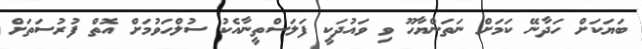
ބަޔަކަށް ހަދާނޭ ކަމަށް ނަތަންޔާހޫ ވި ވައުދަކީ ފަލަސްތީނާއެކު ސުލްހަވުމަށް އޮތް ފުރުސަތަށް